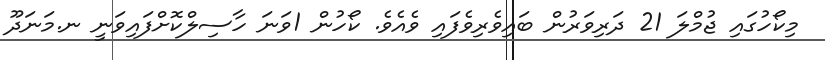
މިކޯހުގައި ޖުމްލަ 21 ދަރިވަރުން ބައިވެރިވެފައި ވެއެވެ. ކޯހުން 1ވަނަ ހާސިލްކޮށްފައިވަނީ ނ.މަނަދޫ